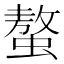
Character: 螯